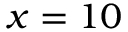
x = 1 0